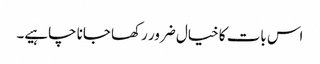
اس بات کا خیال ضرور رکھا جانا چاہیے۔